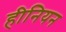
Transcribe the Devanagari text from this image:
हीनियन